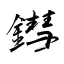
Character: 鏏